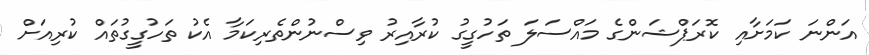
އަންނަ ކަމަށާއި ކޮރަޕްޝަންގެ މައްސަލަ ތަހުގީގު ކުރާއިރު ވިސްނުންތެރިކަމާ އެކު ތަހުގީގުތައް ކުރިއަށް